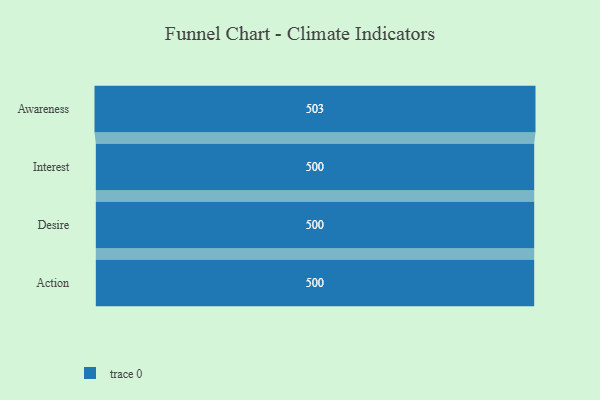
{"axis": {"x": "Stage", "y": "Value"}, "legend": [""], "data": [{"x": "Awareness", "y": 503.0, "type": ""}, {"x": "Interest", "y": 500, "type": ""}, {"x": "Desire", "y": 500, "type": ""}, {"x": "Action", "y": 500, "type": ""}]}